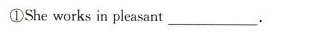
①She works in pleasant ___.